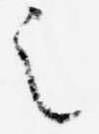
之